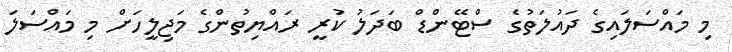
މި މައްސަލައިގެ ދައުލަތުގެ ސްޓޭންޑް ބަދަލު ކުރީ ރައްޔިތުންގެ މަޖިލީހަށް މި މައްސަލަ